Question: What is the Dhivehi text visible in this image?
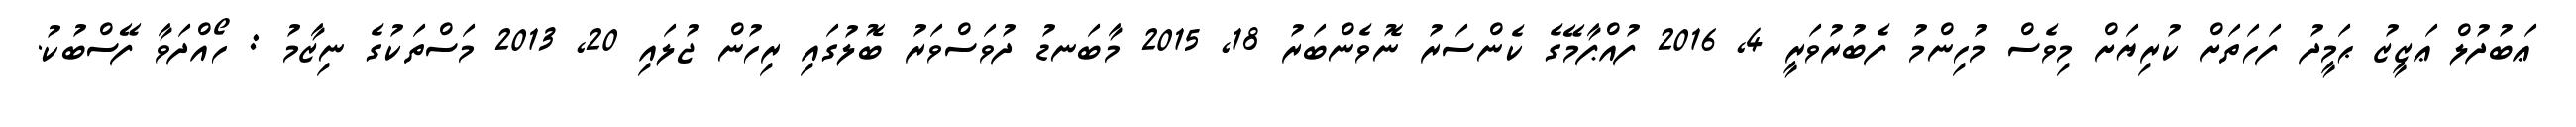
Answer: ޢަބުދުލް ޢަޒީޒު ޙަމީދު ފަހަތަށް ކުރިޔަށް މިވެސް މުހިންމު ފެބުރުވަރީ 4, 2016 ފުއްޕާމޭގެ ކެންސަރު ނޮވެންބަރު 18, 2015 މާބަނޑު ދުވަސްވަރު ބޮލުގައި ރިހުން ޖުލައި 20, 2013 މަސްތަކުގެ ނިޒާމު : ހޯއްދަވާ ފޭސްބުކު.